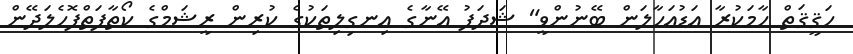
ހަޤީޤަތް ހާމަކުރާ އަޑުއަހާލަން ބޭނުންވީ" ޝަދަފު އޭނާގެ އިނގިލިތަކުގެ ކުރިން ރީޝަމްގެ ކޯތާފަތްފޮހެލަދޭން